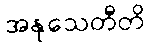
အနုသေတီတိ